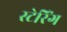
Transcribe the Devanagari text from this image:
स्टेरिंग